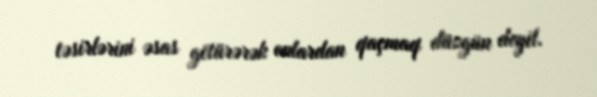
təsirlərini əsas götürərək onlardan qaçmaq düzgün deyil.